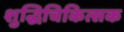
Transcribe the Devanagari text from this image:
शुद्धिचिकित्सक